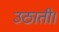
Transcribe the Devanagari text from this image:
उठाती।